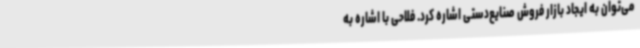
می‌توان به ایجاد بازار فروش صنایع‌دستی اشاره کرد. فلاحی با اشاره به